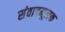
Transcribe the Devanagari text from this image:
संवादमूलक